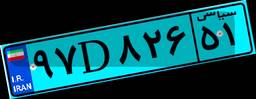
۹۷D۸۲۶۵۱